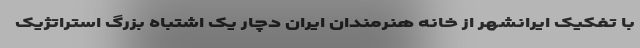
با تفکیک ایرانشهر از خانه هنرمندان ایران دچار یک اشتباه بزرگ استراتژیک